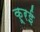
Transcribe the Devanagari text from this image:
कूरई